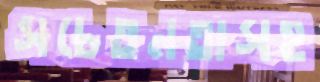
সচেতনতাসহ